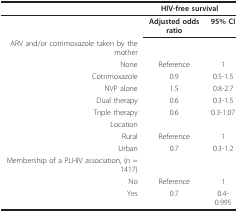
<table><thead><tr><td></td><td colspan="2"><b>HIV-free survival</b></td></tr></thead><tbody><tr><td></td><td><b>Adjusted odds ratio</b></td><td><b>95% CI</b></td></tr><tr><td>ARV and/or cotrimoxazole taken by the mother</td><td></td><td></td></tr><tr><td>None</td><td>Reference</td><td>1</td></tr><tr><td>Cotrimoxazole</td><td>0.9</td><td>0.5-1.5</td></tr><tr><td>NVP alone</td><td>1.5</td><td>0.8-2.7</td></tr><tr><td>Dual therapy</td><td>0.6</td><td>0.3-1.5</td></tr><tr><td>Triple therapy</td><td>0.6</td><td>0.3-1.07</td></tr><tr><td>Location</td><td></td><td></td></tr><tr><td>Rural</td><td>Reference</td><td>1</td></tr><tr><td>Urban</td><td>0.7</td><td>0.3-1.2</td></tr><tr><td>Membership of a PLHIV association, (n = 1417)</td><td></td><td></td></tr><tr><td>No</td><td>Reference</td><td>1</td></tr><tr><td>Yes</td><td>0.7</td><td>0.4-0.995</td></tr></tbody></table>